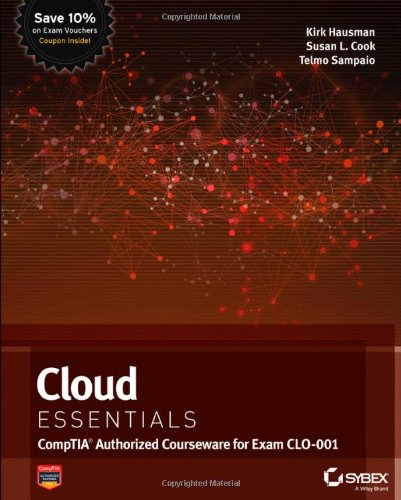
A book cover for Cloud Essentials: CompTIA Authorized Courseware for Exam CLO-001; Kalani Kirk Hausman; Computers & Technology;